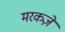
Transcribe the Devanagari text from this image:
मरकज़े